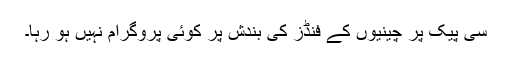
سی پیک پر چینیوں کے فنڈز کی بندش پر کوئی پروگرام نہیں ہو رہا۔